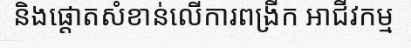
និងផ្តោតសំខាន់លើការពង្រីក អាជីវកម្ម